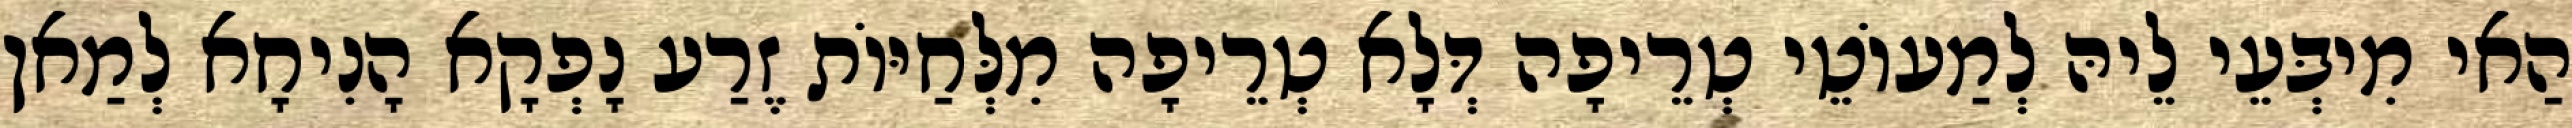
הַאי מִיבְּעֵי לֵיהּ לְמַעוֹטֵי טְרֵיפָה דְּלָא טְרֵיפָה מִלְּחַיּוֹת זֶרַע נָפְקָא הָנִיחָא לְמַאן